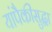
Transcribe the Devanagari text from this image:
यांपैकीसुद्धा